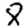
Digit: 8